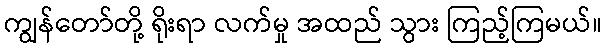
ကျွန်တော်တို့ ရိုးရာ လက်မှု အထည် သွား ကြည့်ကြမယ်။